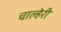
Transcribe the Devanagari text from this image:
चाल्हेरी